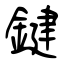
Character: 鍵